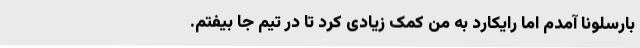
بارسلونا آمدم اما رایکارد به من کمک زیادی کرد تا در تیم جا بیفتم.